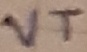
Text: VT